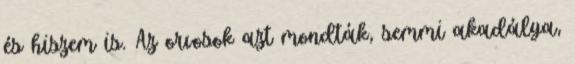
és hiszem is. Az orvosok azt mondták, semmi akadálya,